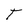
Character: T